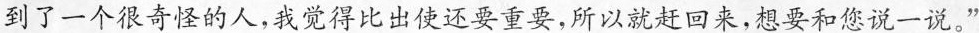
到了一个很奇怪的人，我觉得比出使还要重要，所以就赶回来，想要和您说一说。”